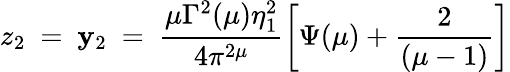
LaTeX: z_{2}~=~\mathbf{y}_{2}~=~\frac{{\mu\Gamma^{2}(\mu)\eta_{1}^{2}}}{{4\pi^{2\mu}}}\left[\Psi(\mu)+\frac{{2}}{{(\mu-1)}}\right]